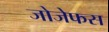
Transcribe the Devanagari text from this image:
जोजेफस